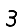
Digit: 3